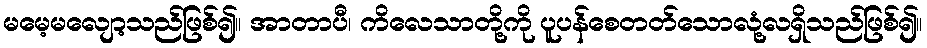
မမေ့မလျော့သည်ဖြစ်၍။ အာတာပီ၊ ကိလေသာတို့ကို ပူပန်စေတတ်သောလုံ့လရှိသည်ဖြစ်၍။